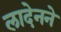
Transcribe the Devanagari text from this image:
लादेनने